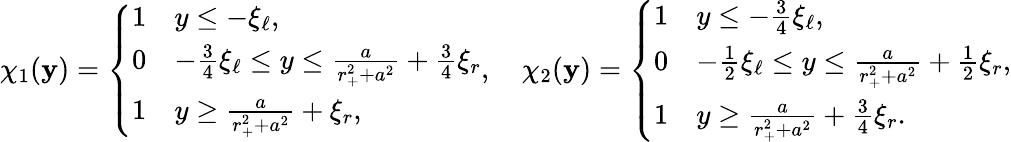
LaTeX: {\chi}_{1}(\mathbf{y})=\left\{ \begin{array}{ll}{1}&{y\leq-\xi_{\ell},}\\ {0}&{-\frac 34\xi_{\ell}\leq y\leq\frac{a}{r_{+}^{2}+a^{2}}+\frac{3}{4}\xi_{r}}\\ {1}&{y\geq\frac{a}{r_{+}^{2}+a^{2}}+\xi_{r},}\end{array}\right.,\quad{\chi}_{2}(\mathbf{y})=\left\{ \begin{array}{ll}{1}&{y\leq-\frac 34\xi_{\ell},}\\ {0}&{-\frac 12\xi_{\ell}\leq y\leq\frac{a}{r_{+}^{2}+a^{2}}+\frac{1}{2}\xi_{r},}\\ {1}&{y\geq\frac{a}{r_{+}^{2}+a^{2}}+\frac{3}{4}\xi_{r}.}\end{array}\right.